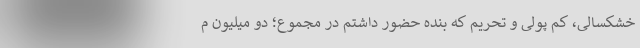
خشکسالی، کم پولی و تحریم که بنده حضور داشتم در مجموع؛ دو میلیون م